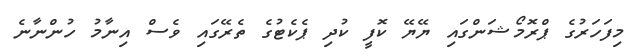
މިފަހަރުގެ ޕްރޮމޯޝަންގައި ޔޭޔޭ ކޮފީ ކުދި ޕެކެޓުގެ ތެރޭގައި ވެސް އިނާމު ހުންނާނެ